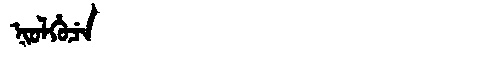
Manchu: ᠨᡳᠣᠯᡥᡠᠴᡝ
Romanization: NIOLHUCE